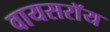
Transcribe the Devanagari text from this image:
वायसराॅय